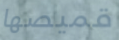
قميصها